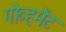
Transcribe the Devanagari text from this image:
गोव्हमेंट